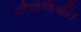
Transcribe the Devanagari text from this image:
प्रौद्योगिकी।